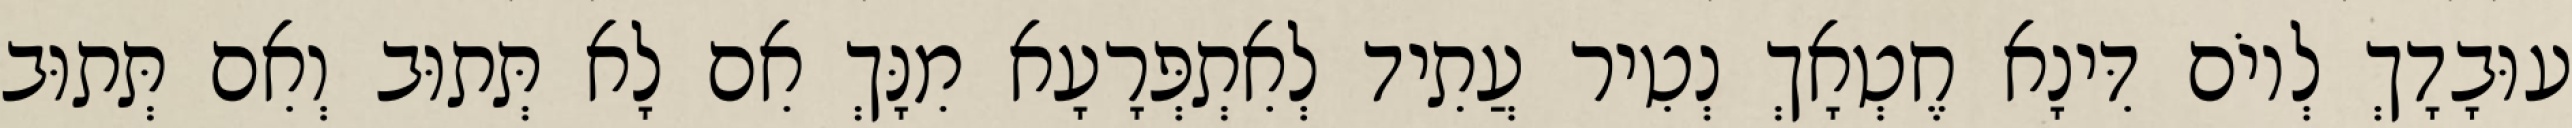
עוּבָדָךְ לְיוֹם דִּינָא חֶטְאָךְ נְטִיר עֲתִיד לְאִתְפְּרָעָא מִנָּךְ אִם לָא תְּתוּב וְאִם תְּתוּב